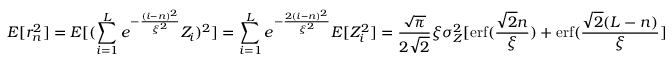
E [ r _ { n } ^ { 2 } ] = E [ ( \sum _ { i = 1 } ^ { L } e ^ { - \frac { ( i - n ) ^ { 2 } } { \xi ^ { 2 } } } Z _ { i } ) ^ { 2 } ] = \sum _ { i = 1 } ^ { L } e ^ { - \frac { 2 ( i - n ) ^ { 2 } } { \xi ^ { 2 } } } E [ Z _ { i } ^ { 2 } ] = \frac { \sqrt { \pi } } { 2 \sqrt { 2 } } \xi \sigma _ { Z } ^ { 2 } [ \operatorname { e r f } ( \frac { \sqrt { 2 } n } { \xi } ) + \operatorname { e r f } ( \frac { \sqrt { 2 } ( L - n ) } { \xi } ]